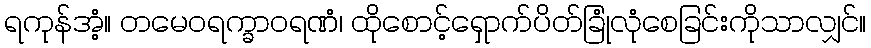
ရကုန်အံ့။ တမေဝရက္ခာဝရဏံ၊ ထိုစောင့်ရှောက်ပိတ်ခြုံလုံစေခြင်းကိုသာလျှင်။